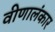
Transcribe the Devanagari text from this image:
वीणालंकार